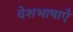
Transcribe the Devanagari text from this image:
देशभाषाएँ